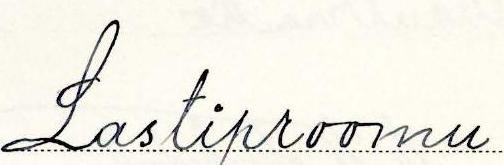
Lastiproomu